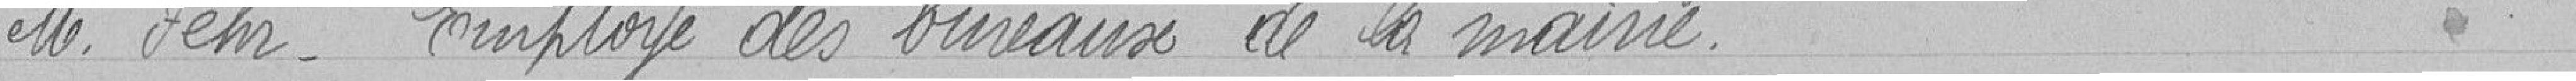
Monsieur Echr. Employé des bureaux de la mairie.